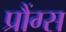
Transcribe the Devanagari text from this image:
प्रौंग्स